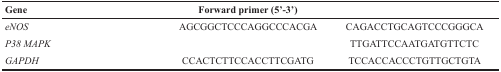
<table><thead><tr><td><b>Gene</b></td><td><b>Forward primer (5’-3’)</b></td><td>[EMPTY_CELL]</td></tr></thead><tbody><tr><td><i>eNOS</i></td><td>AGCGGCTCCCAGGCCCACGA</td><td>CAGACCTGCAGTCCCGGGCA</td></tr><tr><td><i>P38 MAPK</i></td><td>[EMPTY_CELL]</td><td>TTGATTCCAATGATGTTCTC</td></tr><tr><td><i>GAPDH</i></td><td>CCACTCTTCCACCTTCGATG</td><td>TCCACCACCCTGTTGCTGTA</td></tr></tbody></table>